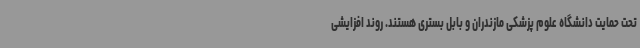
تحت حمایت دانشگاه علوم پزشکی مازندران و بابل بستری هستند. روند افزایشی